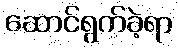
ဆောင်ရွက်ခဲ့ရာ